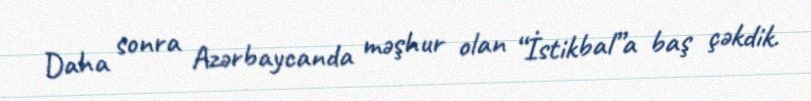
Daha sonra Azərbaycanda məşhur olan “İstikbal”a baş çəkdik.